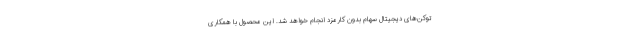
توکن‌های دیجیتال سهام بدون کارمزد انجام خواهد شد. این محصول با همکاری